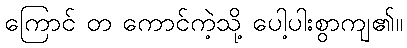
ကြောင် တ ကောင်ကဲ့သို့ ပေါ့ပါးစွာကျ၏။